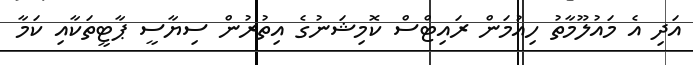
އަދި އެ މައުލޫމާތު ހިއުމަން ރައިޓްސް ކޮމިޝަނުގެ އިތުރުން ސިޔާސީ ޕާޓީތަކާއި ކަމާ